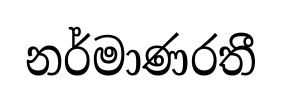
නර්මාණරතී